65_HS1-834228961_62-HQ-83894_Serial_164
Agency: FBI
Page 93
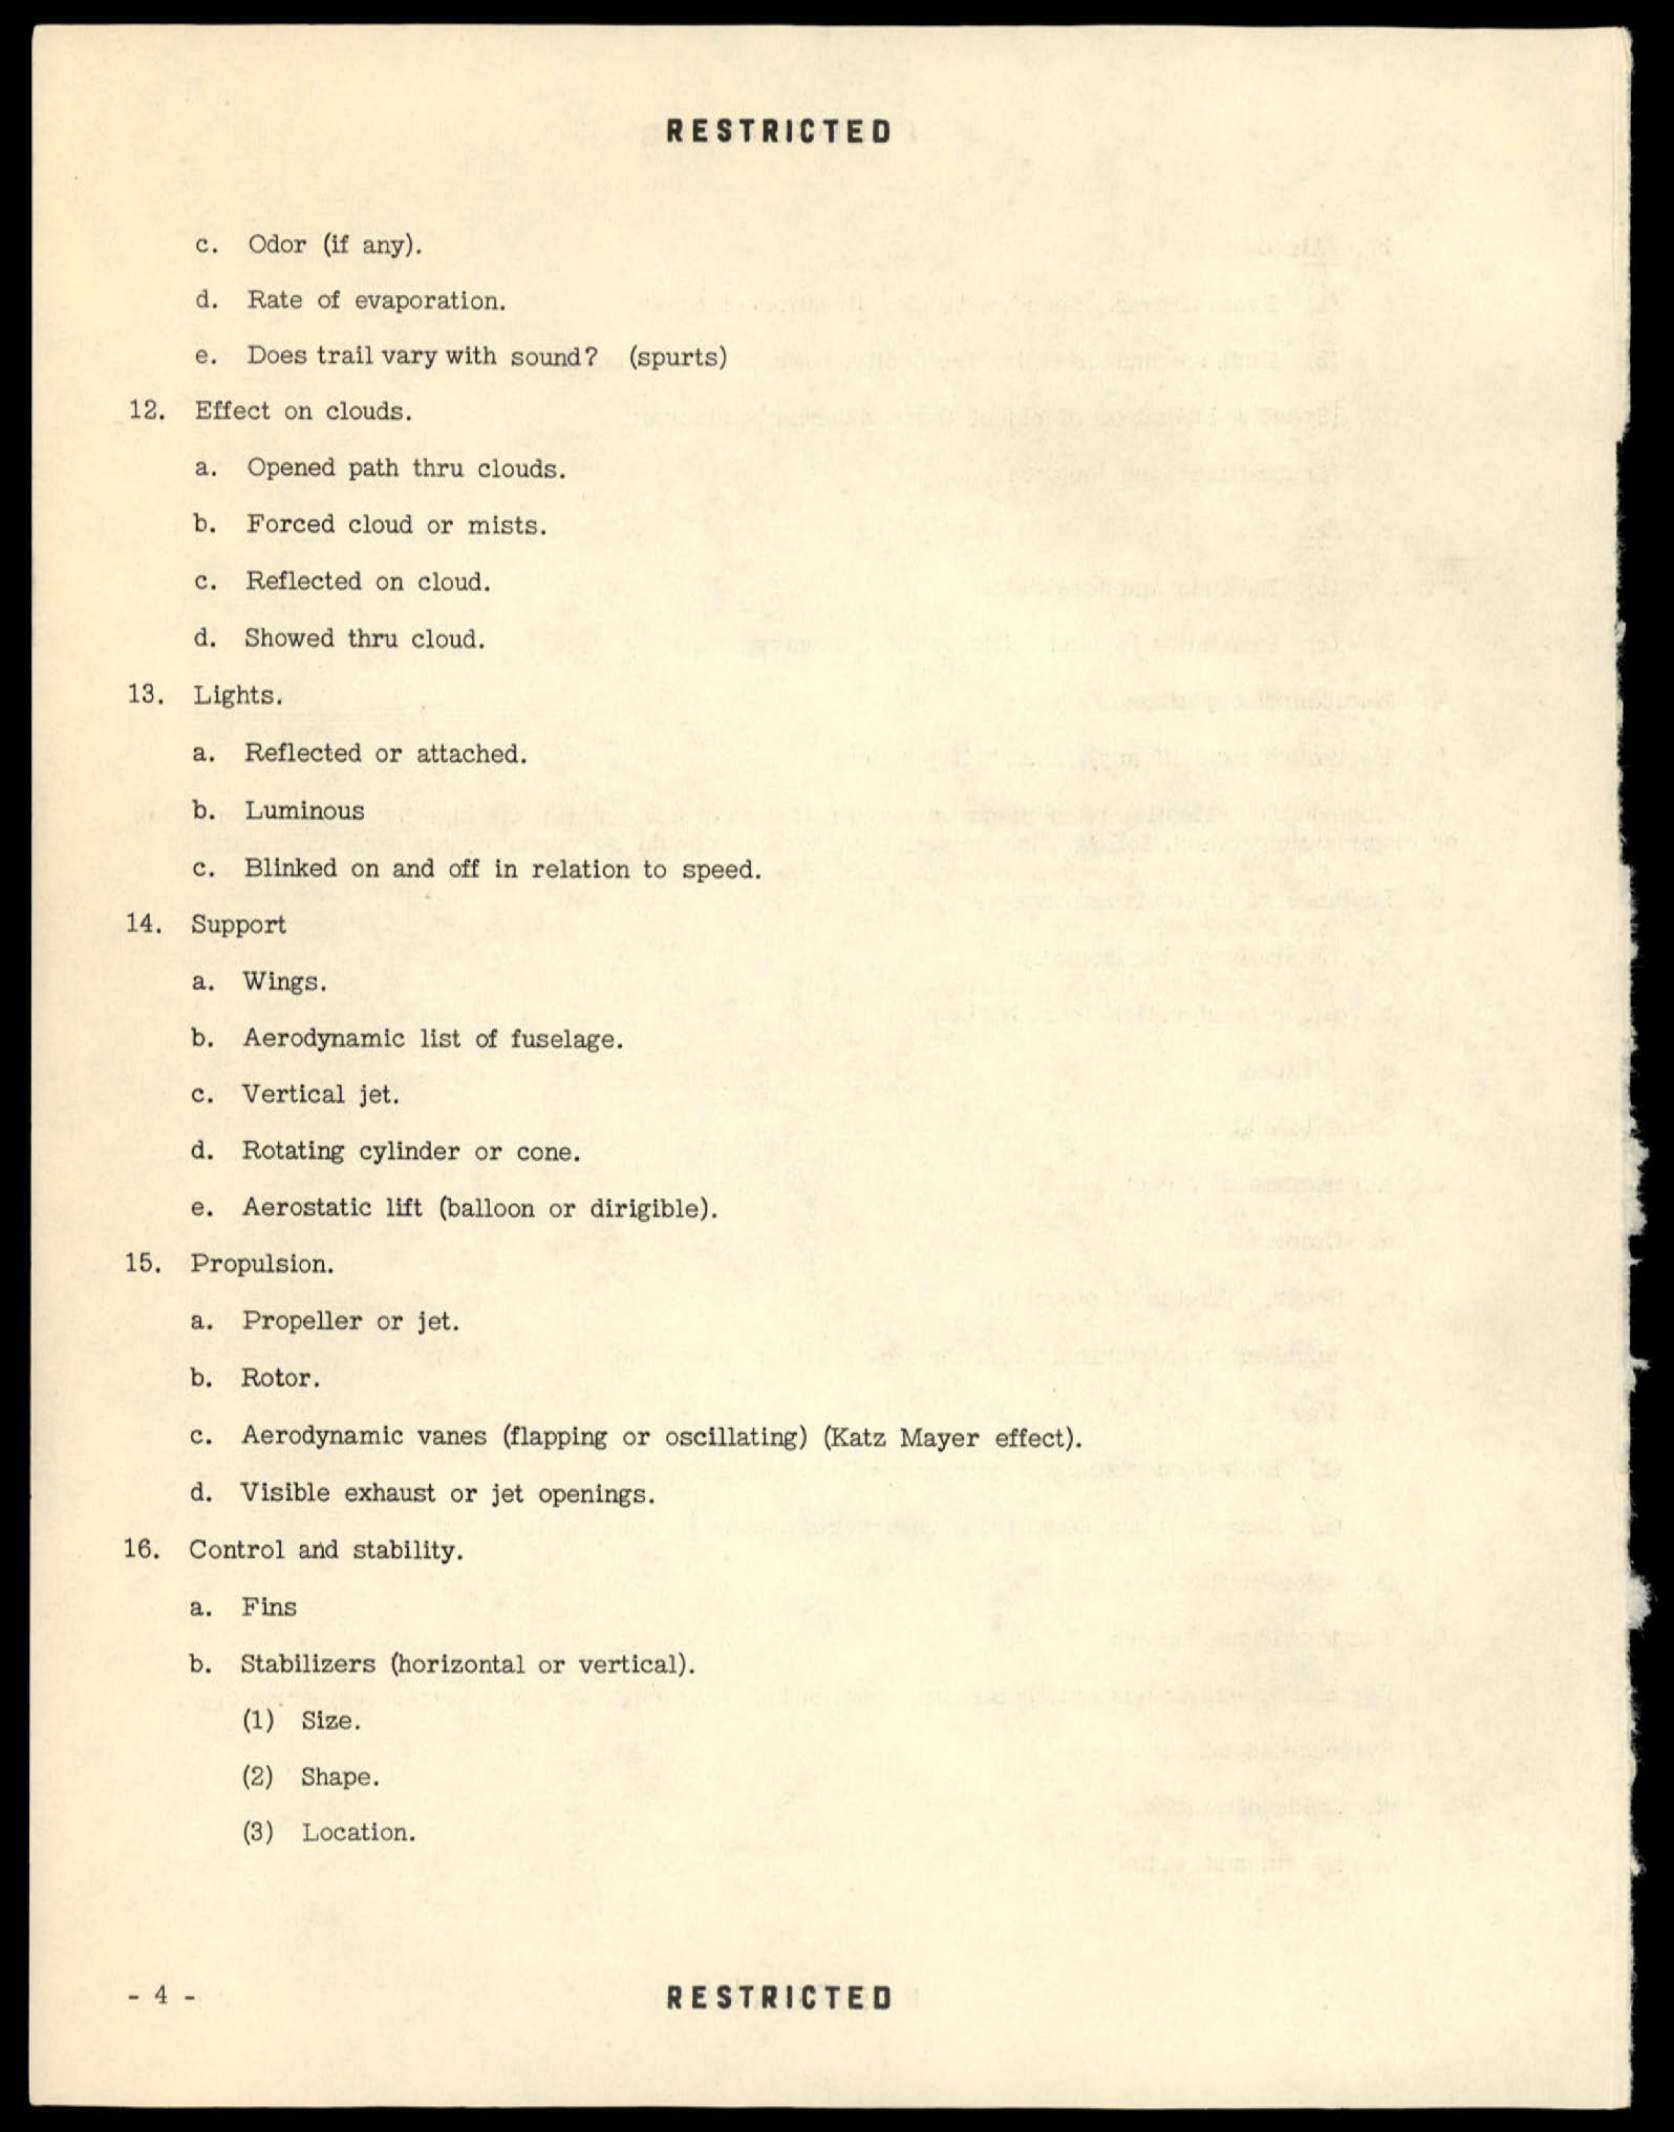